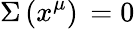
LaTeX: \Sigma\, (x^{\mu})\, =0